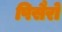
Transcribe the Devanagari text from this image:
पिसैरो